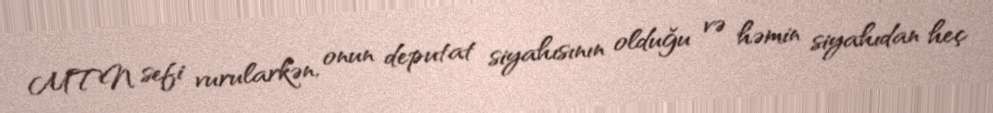
MTN sefi vurularkən, onun deputat siyahısının olduğu və həmin siyahıdan heç